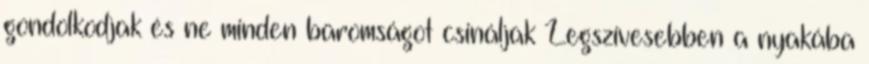
gondolkodjak és ne minden baromságot csináljak Legszívesebben a nyakába